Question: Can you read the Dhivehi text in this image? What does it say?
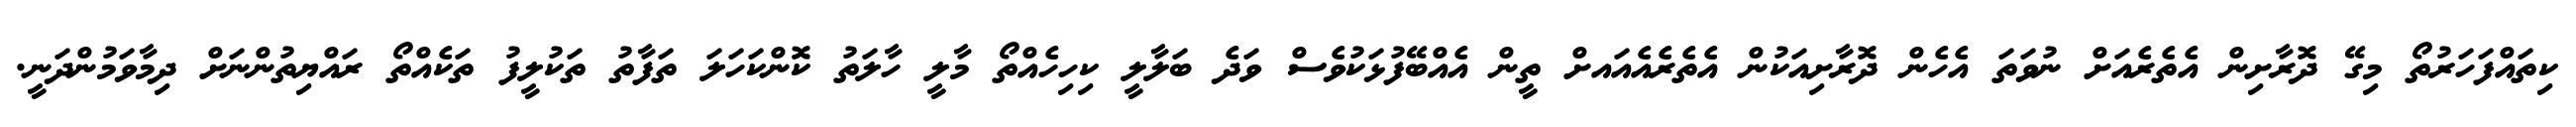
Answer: ކިތައްފަހަރުތޯ މިގޭ ދޮރާށިން އެތެރެއަށް ނުވަތަ އެހެން ދޮރާށިއަކުން އެތެރެއެއައށް ތީން އެއްބޭފުޅަކުވެސް ވަދެ ބަލާލީ ކިހިހެއްތޯ މާލީ ހާލަތު ކޮންކަހަލަ ތަފާތު ތަކުލީފު ތަކެއްތޯ ރައްޔިތުންނަށް ދިމާވަމުންދަނީ.